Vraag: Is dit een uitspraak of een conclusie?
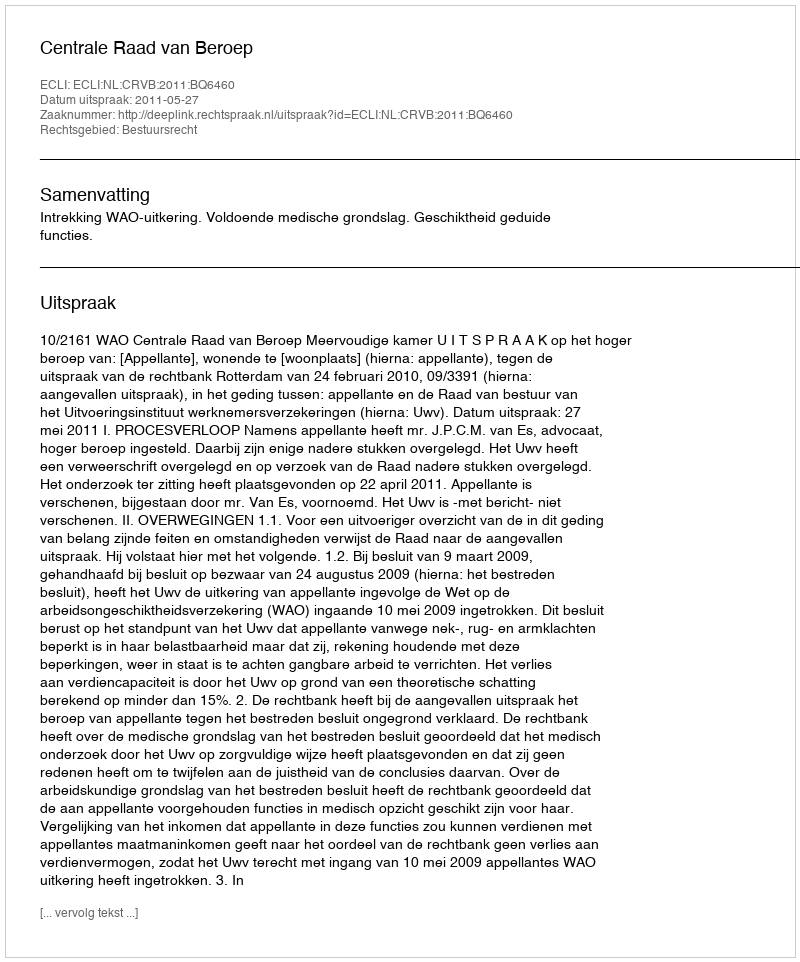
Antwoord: Uitspraak